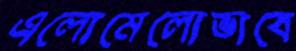
এলোমেলোভাবে